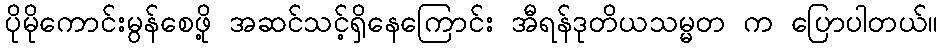
ပိုမိုကောင်းမွန်စေဖို့ အဆင်သင့်ရှိနေကြောင်း အီရန်ဒုတိယသမ္မတ က ပြောပါတယ်။